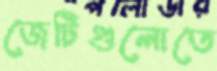
জেটিগুলোতে